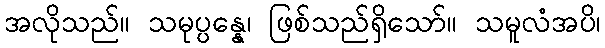
အလိုသည်။ သမုပ္ပန္နေ၊ ဖြစ်သည်ရှိသော်။ သမူလံအပိ၊